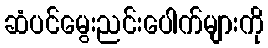
ဆံပင်မွေးညင်းပေါက်များကို